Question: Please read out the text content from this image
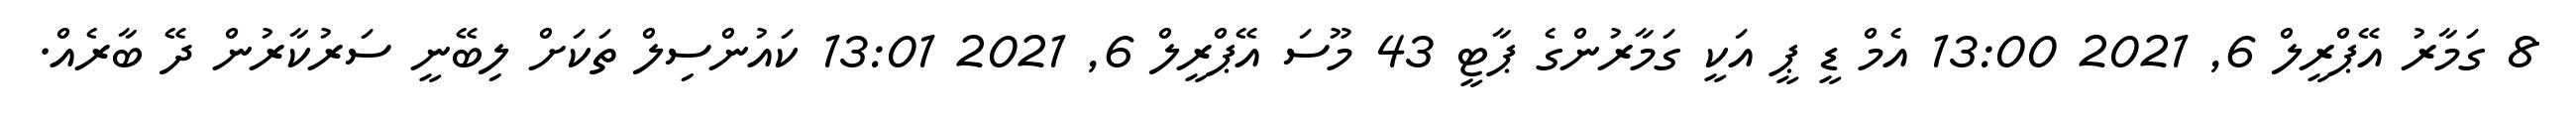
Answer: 8 ގަމާރު އޭޕްރީލް 6, 2021 13:00 އެމް ޑީ ޕީ އަކީ ގަމާރުންގެ ޕާޓީ 43 މޫސަ އޭޕްރީލް 6, 2021 13:01 ކައުންސިލް ތަކަށް ލިބޭނީ ސަރުކާރުން ދޭ ބާރެއް.